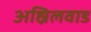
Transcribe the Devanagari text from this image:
अह्निलवाड